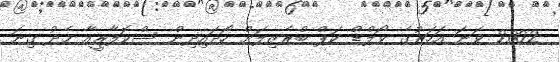
2002 ވަނަ އަހަރުގެ ވޯލްޑް ކަޕް ބްރެޒިލަށް ހޯދައިދިން ސްކޮލާރީއާ މެދު ގިނަ